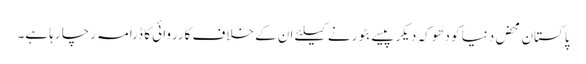
پاکستان محض دنیا کو دھوکہ دیکر پیسے بٹورنے کیلئے ان کے خلاف کارروائی کا ڈرامہ رچا رہا ہے۔